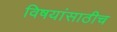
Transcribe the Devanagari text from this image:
विषयांसाठीच